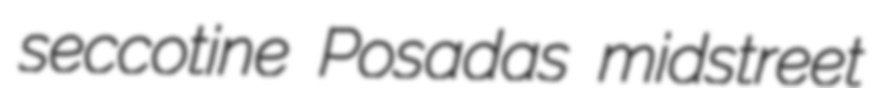
seccotine Posadas midstreet